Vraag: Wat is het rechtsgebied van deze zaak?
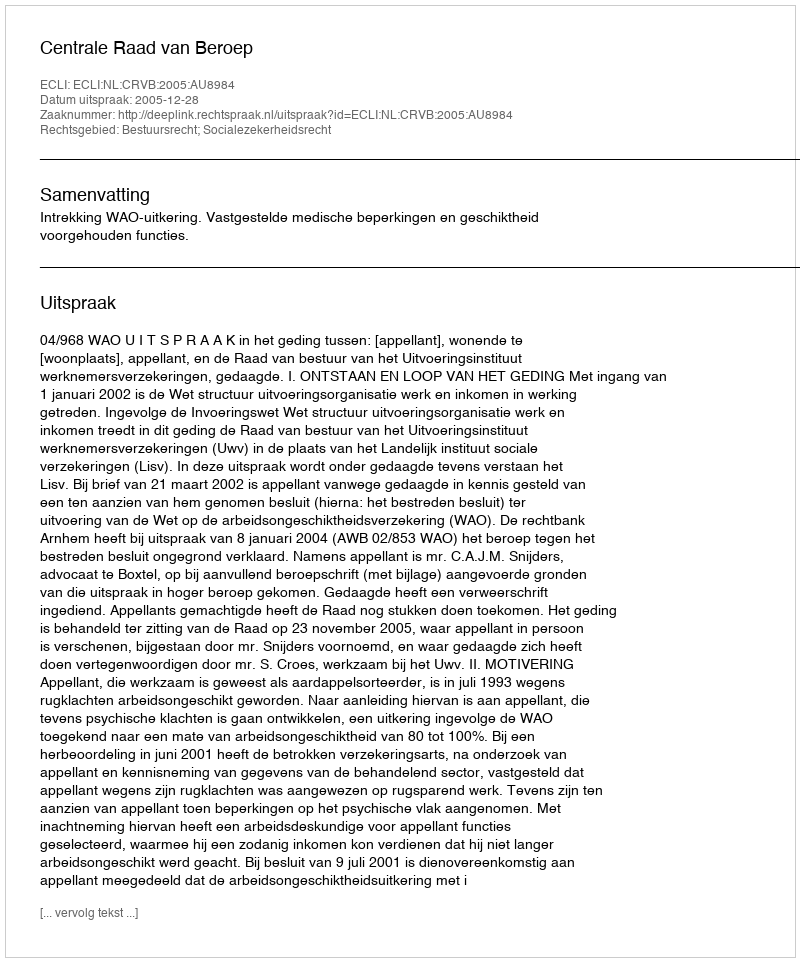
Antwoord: Bestuursrecht; Socialezekerheidsrecht